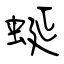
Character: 蜒